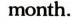
month.